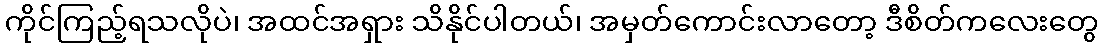
ကိုင်ကြည့်ရသလိုပဲ၊ အထင်အရှား သိနိုင်ပါတယ်၊ အမှတ်ကောင်းလာတော့ ဒီစိတ်ကလေးတွေ